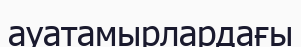
ауатамырлардағы